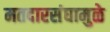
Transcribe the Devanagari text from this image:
मतदारसंघामुळे